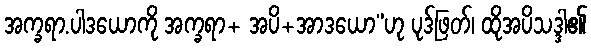
အက္ခရာ.ပါဒယောကို အက္ခရာ+ အပိ+အာဒယော”ဟု ပုဒ်ဖြတ်၊ ထိုအပိသဒ္ဒါ၏